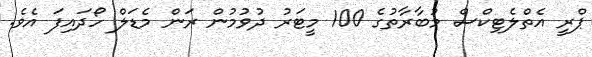
ޕްރީ އެތްލެޓިކްސް މުބާރާތުގެ 100 މީޓަރު ދުވުމުން ރަން މެޑަލް ހޯދައިފަ އެވެ.